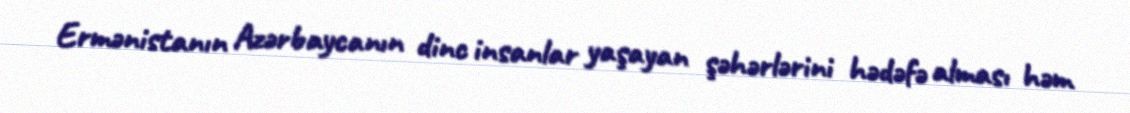
Ermənistanın Azərbaycanın dinc insanlar yaşayan şəhərlərini hədəfə alması həm